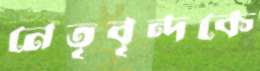
নেতৃবৃন্দকে